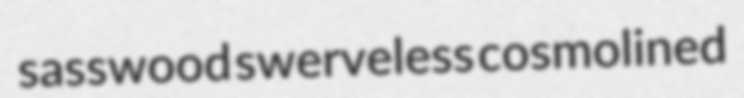
sasswood swerveless cosmolined